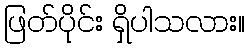
ဖြတ်ပိုင်း ရှိပါသလား။